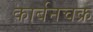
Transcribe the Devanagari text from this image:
कार्बनचक्र